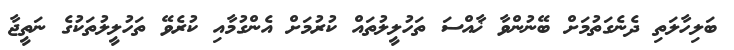
ބަލިހާލަތި ދެނެގަތުމަށް ބޭނުންވާ ޚާއްސަ ތަހުލީލުތައް ކުރުމަށް އެންގުމާއި ކުރެވޭ ތަހުލީލުތަކުގެ ނަތީޖާ